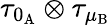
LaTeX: \tau_{0_{\mathrm{A}}}\otimes\tau_{\mu_{\mathrm{B}}}